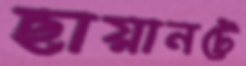
ছায়ানটে